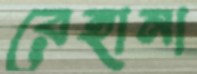
রেহানা